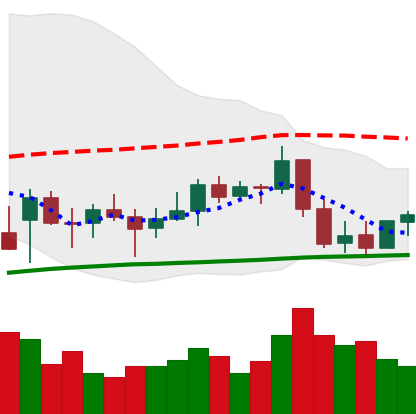
Ticker: BNB-USD
Chart end date: 2022-01-02
Forward return: -15.734%
Label: down_7plus